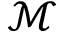
\mathcal { M }